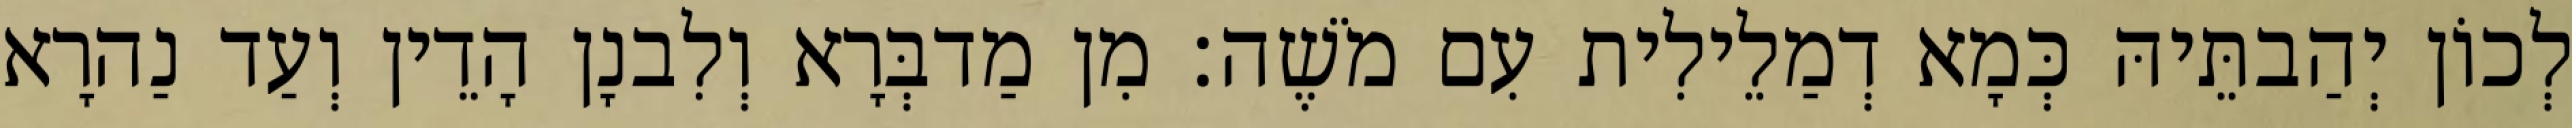
לְכוֹן יְהַבתֵּיהּ כְּמָא דְמַלֵילִית עִם מֹשֶׁה׃ מִן מַדבְּרָא וְלִבנָן הָדֵין וְעַד נַהרָא